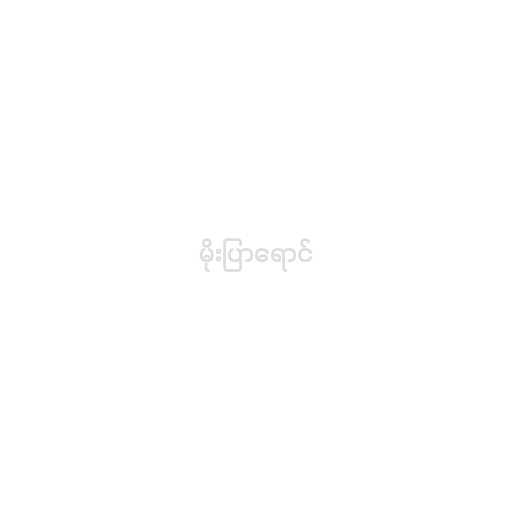
မိုးပြာရောင်